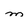
Character: m